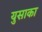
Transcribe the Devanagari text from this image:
युसाका